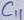
Text: C1